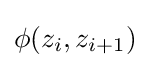
\phi (z_{i},z_{i+1})